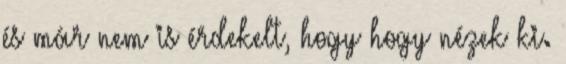
és már nem is érdekelt, hogy hogy nézek ki.